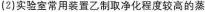
(2)实验室常用装置乙制取净化程度较高的蒸